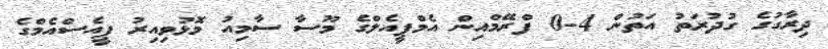
ދިރާގުގެ ގުދުރަތު އަތުން 4-0 ފްރޭމްއިން އެމްޕީއެލްގެ މޫސާ ސާމިއު މޮޅުވިއިރު ޕީއެސްއެމްގެ